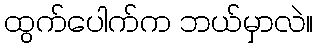
ထွက်ပေါက်က ဘယ်မှာလဲ။